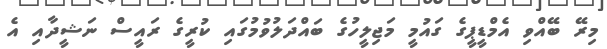
މިރޭ ބޭއްވި އެމްޑީޕީގެ ގައުމީ މަޖިލީހުގެ ބައްދަލުވުމުގައި ކުރީގެ ރައީސް ނަޝީދާއި އެ